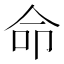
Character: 命